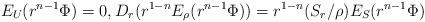
LaTeX: \begin{align*}E_U(r^{n-1}\Phi) =0,D_r(r^{1-n} E_\rho(r^{n-1}\Phi)) = r^{1-n}(S_r/\rho) E_S(r^{n-1}\Phi)\end{align*}